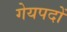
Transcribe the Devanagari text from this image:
गेयपदों